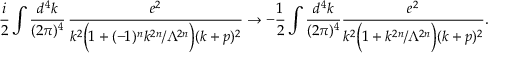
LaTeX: \frac { i } { 2 } \int \frac { d ^ { 4 } k } { ( 2 \pi ) ^ { 4 } } \, \frac { e ^ { 2 } } { k ^ { 2 } \Big ( 1 + ( - 1 ) ^ { n } k ^ { 2 n } / \Lambda ^ { 2 n } \Big ) ( k + p ) ^ { 2 } } \to - \frac { 1 } { 2 } \int \frac { d ^ { 4 } k } { ( 2 \pi ) ^ { 4 } } \frac { e ^ { 2 } } { k ^ { 2 } \Big ( 1 + k ^ { 2 n } / \Lambda ^ { 2 n } \Big ) ( k + p ) ^ { 2 } } .